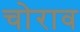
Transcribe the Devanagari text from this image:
चोराव